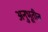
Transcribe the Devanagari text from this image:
अनुभूतीत